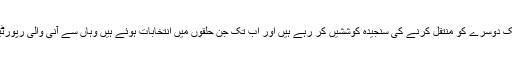
وہ اپنے تمام اختلافات بھلاکر اپنے ووٹ ایک دوسرے کو منتقل کرنے کی سنجیدہ کوششیں کر رہے ہیں اور اب تک جن حلقوں میں انتخابات ہوئے ہیں وہاں سے آنی والی رپورٹیں بھاجپا کے لئے زیادہ خوش کن نہیں ہیں۔